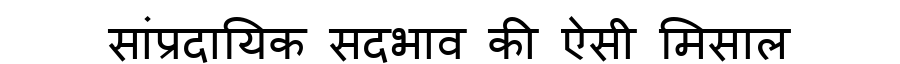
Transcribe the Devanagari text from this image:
सांप्रदायिक सदभाव की ऐसी मिसाल